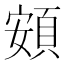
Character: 頞